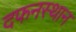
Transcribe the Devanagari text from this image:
दफनस्थान